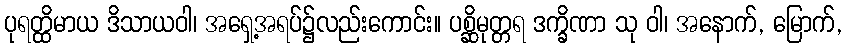
ပုရတ္ထိမာယ ဒိသာယဝါ၊ အရှေ့အရပ်၌လည်းကောင်း။ ပစ္ဆိမုတ္တရ ဒက္ခိဏာ သု ဝါ၊ အနောက်, မြောက်,